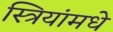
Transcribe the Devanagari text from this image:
स्त्रियांमधे